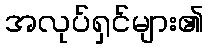
အလုပ်ရှင်များ၏